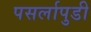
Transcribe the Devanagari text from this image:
पसर्लापुडी